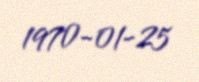
1970-01-25